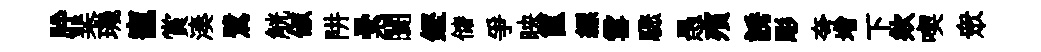
肸棐璣寵賞湊鷺觥俶阱纍闤鏗储爭映篋縹雪驟愚殯誘彫夸增下欸喫衆